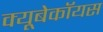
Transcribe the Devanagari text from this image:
क्यूबेकॉयस